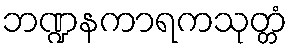
ဘဏ္ဍနကာရကသုတ္တံ